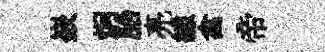
嶔炯胎亮線禽帝